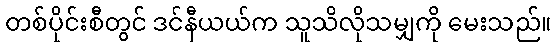
တစ်ပိုင်းစီတွင် ဒင်နီယယ်က သူသိလိုသမျှကို မေးသည်။